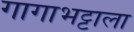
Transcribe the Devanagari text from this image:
गागाभट्टाला